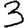
Digit: 3